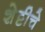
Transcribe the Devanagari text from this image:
शेट्टीचे